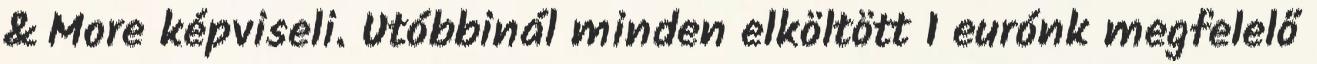
& More képviseli. Utóbbinál minden elköltött 1 eurónk megfelelő